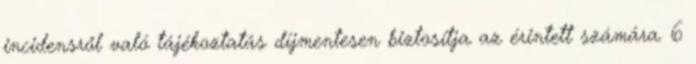
incidensről való tájékoztatás díjmentesen biztosítja az érintett számára. 6